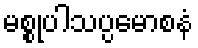
မစ္စုပါသပ္ပမောစနံ